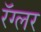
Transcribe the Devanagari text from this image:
रॅग्लर